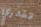
تقدري